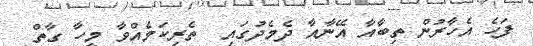
ފަހެ އެހާރުން ތިބާއާ އޭނާއާ ދެމެދުގައި  ތެރިކަމެއްވާ މީހާ ގާތް